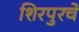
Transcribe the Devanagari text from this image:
शिरपुरचे